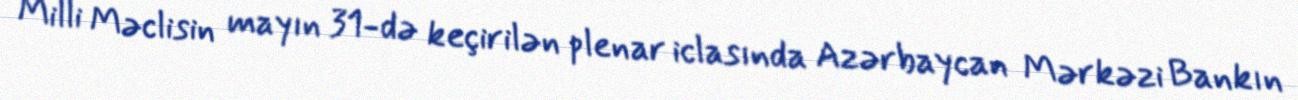
Milli Məclisin mayın 31-də keçirilən plenar iclasında Azərbaycan Mərkəzi Bankın